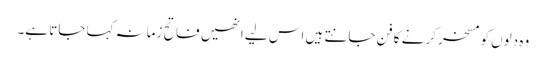
وہ دلوں کو مسخر کرنے کا فن جانتے ہیں اس لیے انھیں فاتح زمانہ کہا جاتا ہے۔